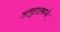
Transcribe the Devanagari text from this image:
अमृतामध्ये